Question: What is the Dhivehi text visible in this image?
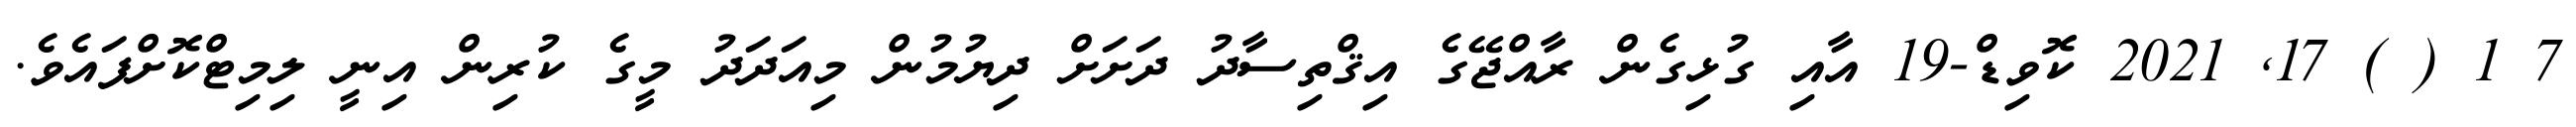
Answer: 7 1 ( ) 17, 2021 ކޮވިޑް-19 އާއި ގުޅިގެން ރާއްޖޭގެ އިޤްތިސާދު ދަށަށް ދިޔުމުން މިއަދަދު މީގެ ކުރިން އިނީ ލިމިޓްކޮށްފައެވެ.